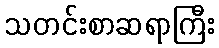
သတင်းစာဆရာကြီး